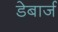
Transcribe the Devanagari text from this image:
डेबार्ज